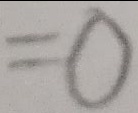
= 0